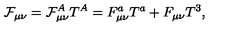
\mathcal { F } _ { \mu \nu } = \mathcal { F } _ { \mu \nu } ^ { A } T ^ { A } = F _ { \mu \nu } ^ { a } T ^ { a } + F _ { \mu \nu } T ^ { 3 } ,